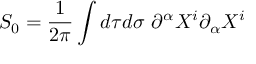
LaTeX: S _ { 0 } = { \frac { 1 } { 2 \pi } } \int d \tau d \sigma ~ \partial ^ { \alpha } X ^ { i } \partial _ { \alpha } X ^ { i }